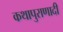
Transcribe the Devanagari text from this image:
कथापुराणादी